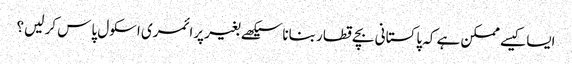
ایسا کیسے ممکن ہے کہ پاکستانی بچے قطار بنانا سیکھے بغیر پرائمری اسکول پاس کر لیں؟